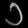
Digit: ၁